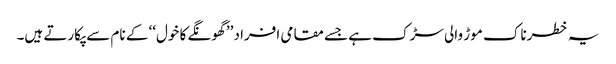
یہ خطرناک موڑ والی سڑک ہے جسے مقامی افراد ’’ گھونگے کا خول‘‘ کے نام سے پکارتے ہیں۔